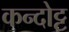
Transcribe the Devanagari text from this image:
कन्दोट्ट